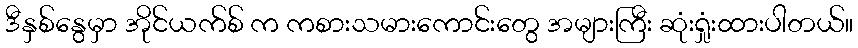
ဒီနှစ်နွေမှာ အိုင်ယက်စ် က ကစားသမားကောင်းတွေ အများကြီး ဆုံးရှုံးထားပါတယ်။